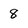
Character: 8